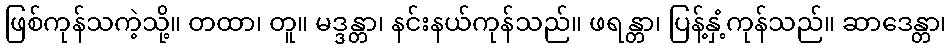
ဖြစ်ကုန်သကဲ့သို့။ တထာ၊ တူ။ မဒ္ဒန္တာ၊ နင်းနယ်ကုန်သည်။ ဖရန္တာ၊ ပြန့်နှံ့ကုန်သည်။ ဆာဒေန္တာ၊